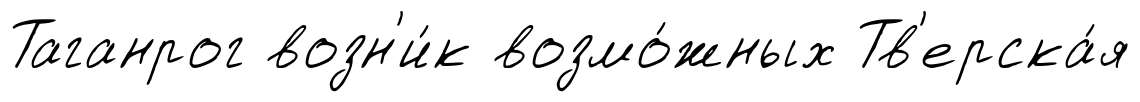
Таганрог возн'и́к возмо́жных Тв'ерска́я